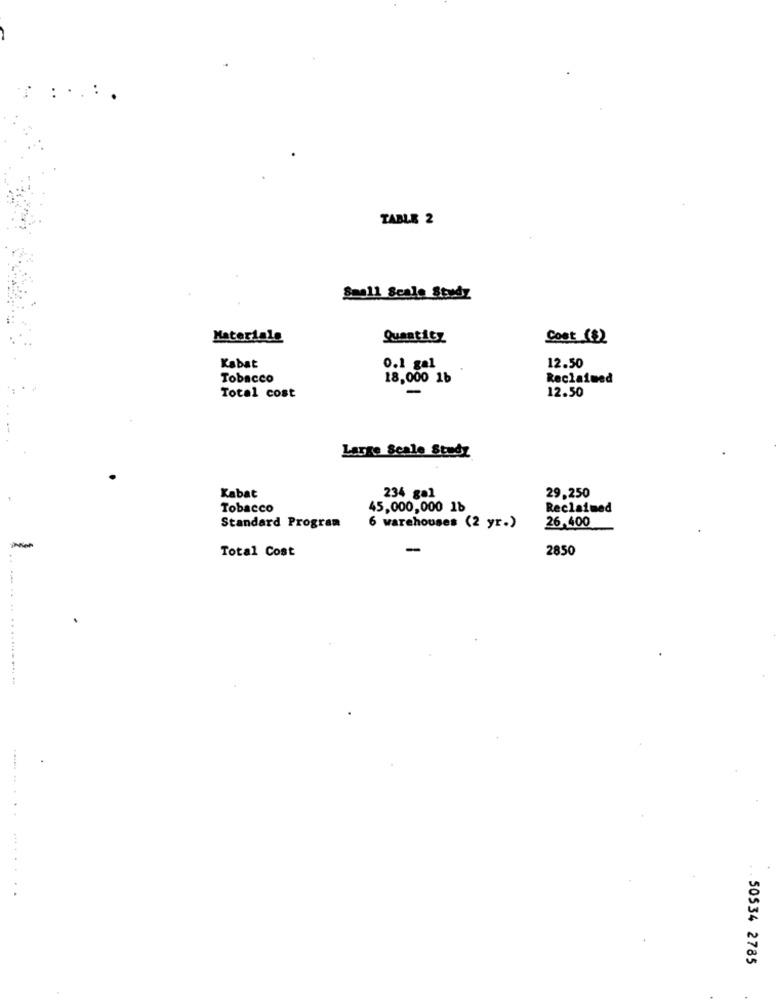
..:.
TABLE 2
Small Scale Study
Materiale
Quantity
Cost ($2
Kabat
0.1 gal
12.50
Tobacco
18,000 1b
Reclaimed
12.50
Total cost
Large Scale Study
Kabat
234 gal
29,250
Tobacco
45,000,000 1b
Reclaimed
26,400
Standard Program
6 warehouses (2 yr.)
Total Cost
2850
..... .. . .. ...... ..
. 50534 2785